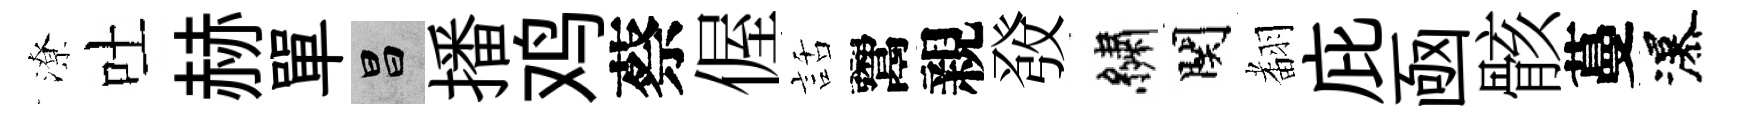
潦吐赫單昌播鸡蔡偓話鬻親𤼲繡関𮋒庇凾骸蔓瀑